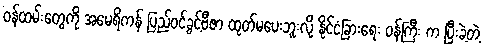
ဝန်ထမ်းတွေကို အမေရိကန် ပြည်ဝင်ခွင့်ဗီဇာ ထုတ်မပေးဘူးလို့ နိုင်ငံခြားရေး ဝန်ကြီး က ပြီးခဲ့တဲ့